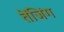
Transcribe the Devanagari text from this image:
तेंजिंग